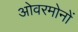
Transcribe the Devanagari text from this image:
ओवरमोनों